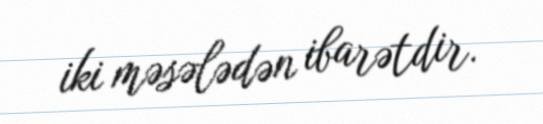
iki məsələdən ibarətdir.